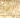
بي